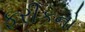
ફરીકનો